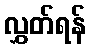
လွှတ်ရန်